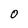
Character: 0